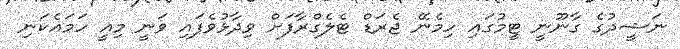
ނަޝީދުގެ ގާނޫނީ ޓީމުގައި ހިމެނޭ ޖެރަޑް ޓެލެގްރާފަށް ވިދާޅުވެފައި ވަނީ މިއީ ހަމައެކަނި